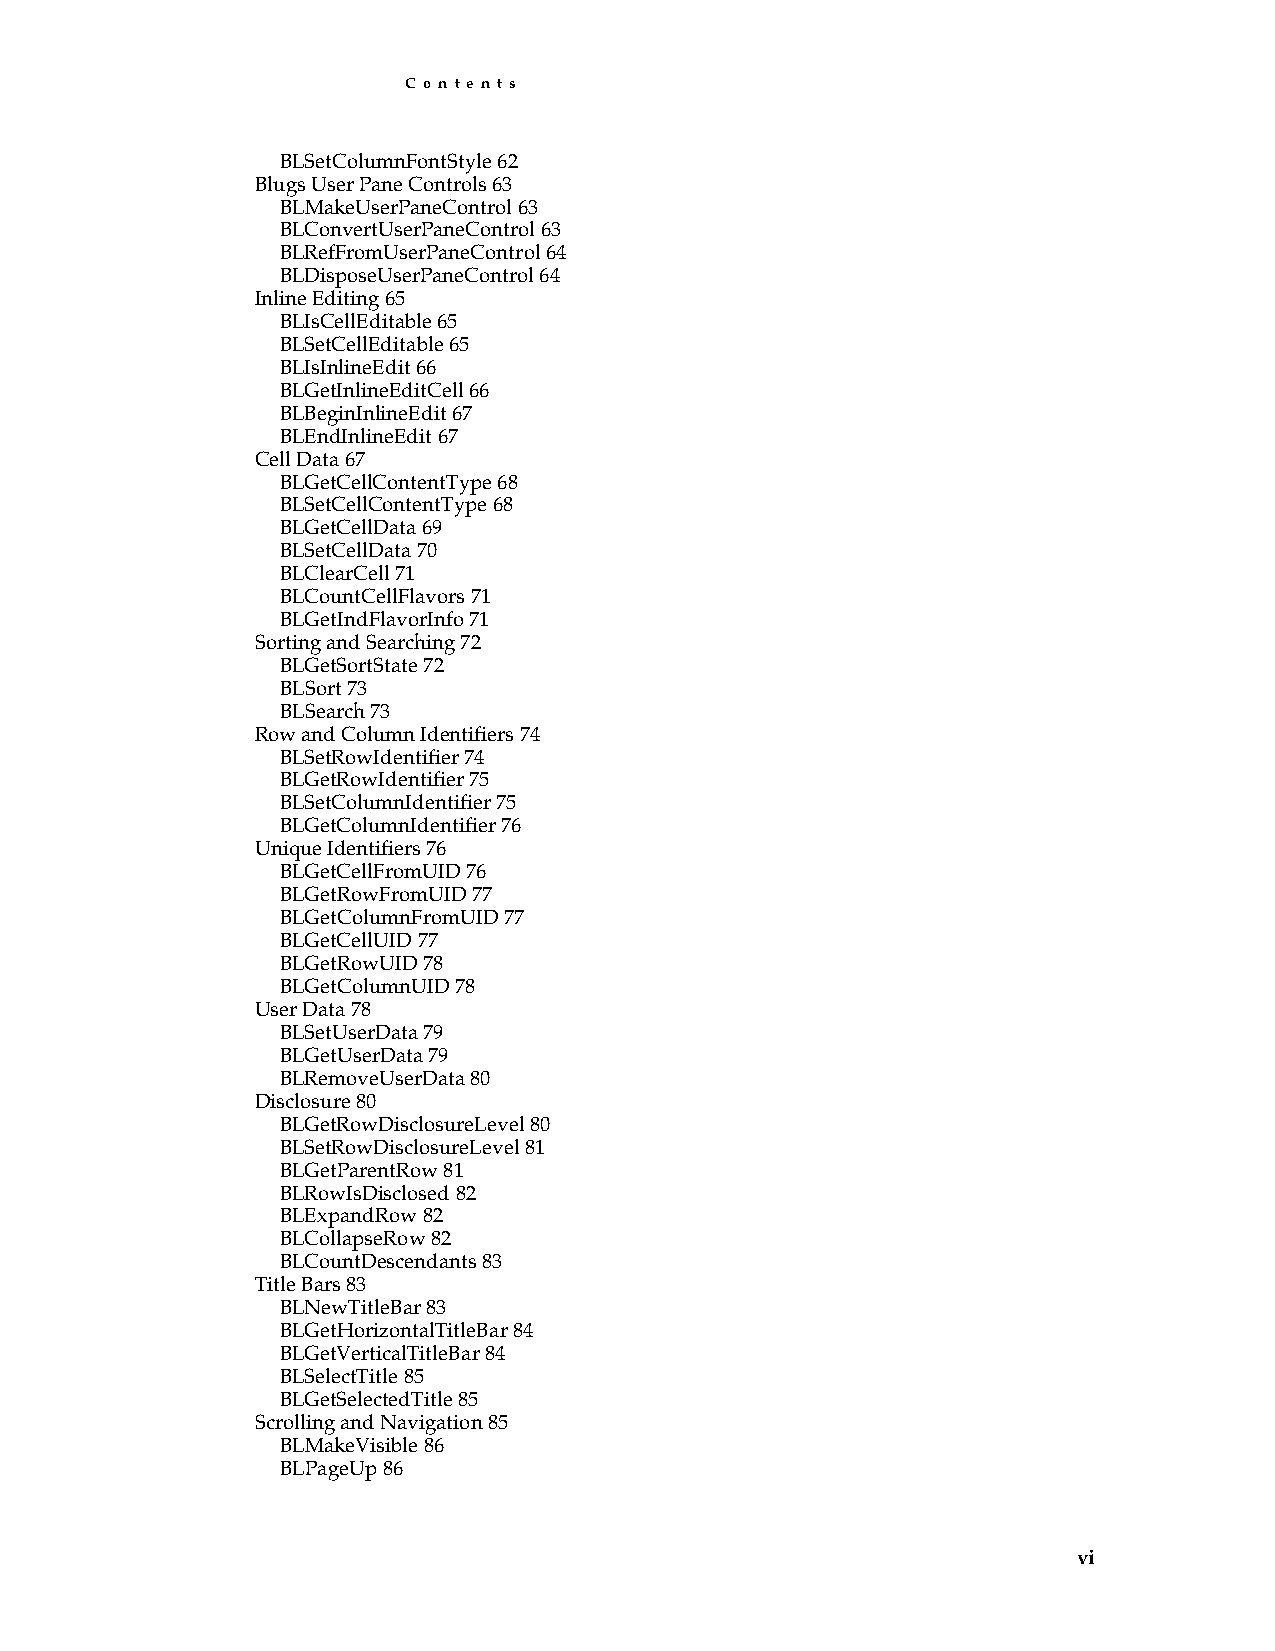
C o n t e n t s
 BLSetColumnFontStyle 62
 Blugs User Pane Controls 63
 BLMakeUserPaneControl 63
 BLConvertUserPaneControl 63
 BLRefFromUserPaneControl 64
 BLDisposeUserPaneControl 64
 Inline Editing 65
 BLIsCellEditable 65
 BLSetCellEditable 65
 BLIsInlineEdit 66
 BLGetInlineEditCell 66
 BLBeginInlineEdit 67
 BLEndInlineEdit 67
 Cell Data 67
 BLGetCellContentType 68
 BLSetCellContentType 68
 BLGetCellData 69
 BLSetCellData 70
 BLClearCell 71
 BLCountCellFlavors 71
 BLGetIndFlavorInfo 71
 Sorting and Searching 72
 BLGetSortState 72
 BLSort 73
 BLSearch 73
 Row and Column Identifiers 74
 BLSetRowIdentifier 74
 BLGetRowIdentifier 75
 BLSetColumnIdentifier 75
 BLGetColumnIdentifier 76
 Unique Identifiers 76
 BLGetCellFromUID 76
 BLGetRowFromUID 77
 BLGetColumnFromUID 77
 BLGetCellUID 77
 BLGetRowUID 78
 BLGetColumnUID 78
 User Data 78
 BLSetUserData 79
 BLGetUserData 79
 BLRemoveUserData 80
 Disclosure 80
 BLGetRowDisclosureLevel 80
 BLSetRowDisclosureLevel 81
 BLGetParentRow 81
 BLRowIsDisclosed 82
 BLExpandRow 82
 BLCollapseRow 82
 BLCountDescendants 83
 Title Bars 83
 BLNewTitleBar 83
 BLGetHorizontalTitleBar 84
 BLGetVerticalTitleBar 84
 BLSelectTitle 85
 BLGetSelectedTitle 85
 Scrolling and Navigation 85
 BLMakeVisible 86
 BLPageUp 86
 vi